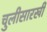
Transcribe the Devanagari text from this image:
चुलीसारखी